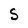
Character: S